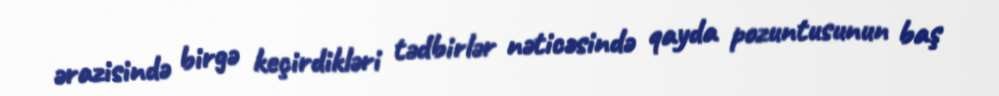
ərazisində birgə keçirdikləri tədbirlər nəticəsində qayda pozuntusunun baş